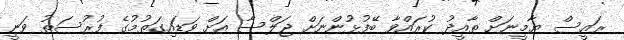
ރައީސް ޔާމީނަށް ތާއީދު ކުރައްވާ ބޭފުޅުންނަށް ޖަލްސާ އަށް ވަޑައިގަތުމުގެ ފުރުސަތު ވަނީ